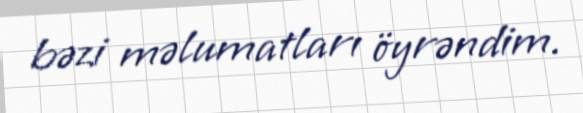
bəzi məlumatları öyrəndim.